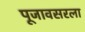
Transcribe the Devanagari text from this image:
पूजावसरला